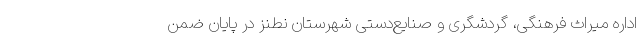
اداره میراث فرهنگی، گردشگری و صنایع‌دستی شهرستان نطنز در پایان ضمن